Annual report of the Punjab Veterinary College and of the Civil Veterinary Department, Punjab - 1909-1919
Year: 1909
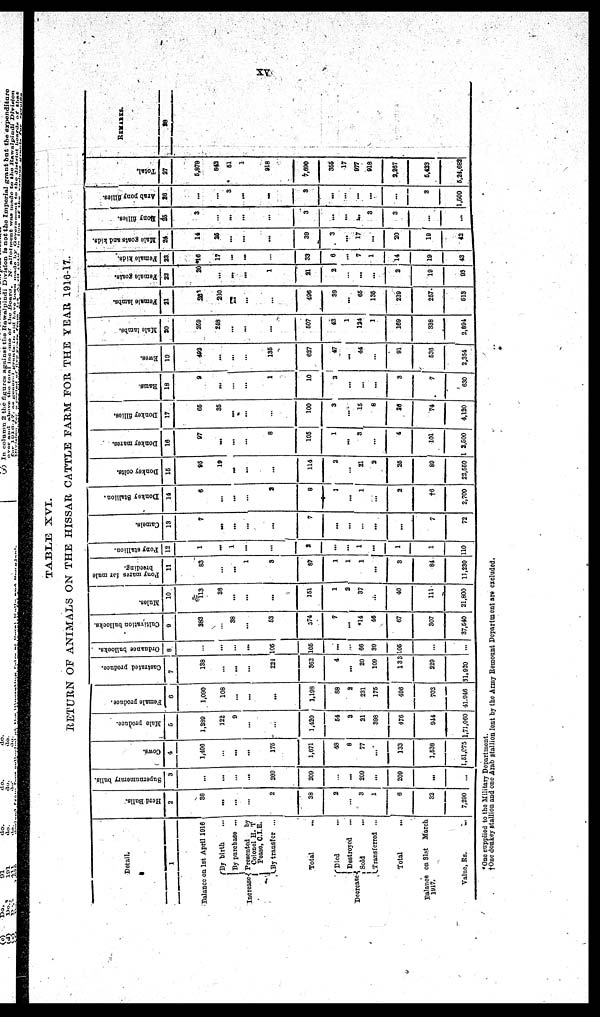
XV
TABLE XVI.
RETURN OF ANIMALS ON THE HISSAR CATTLE FARM FOR THE YEAR 1916-17.
Detail.
1
Balance on 1st April 1916
Increase
By birth ...
By purchase ...
Presented
by
Colonel H. T
Pease, C.I.E.
By transfer ...
Total ...
Decrease
Died ...
Destroyed ...
Sold ...
Transferred ...
Total ...
Balance on 31st March
1917.
Value, Rs. ...
Herd Bulls.
2
36
...
...
...
2
38
2
...
3
1
6
32
7,200
Supernumerary bulls.
3
...
...
...
...
200
200
...
...
200
...
200
...
...
Cows.
4
1,496
...
...
...
175
1,671
48
8
77
...
133
1,538
1,51,075
Mule produce.
5
1,389
122
9
...
...
1,420
54
3
21
398
476
944
1,71,060
Female produce.
6
1,090
108
...
...
...
1,198
88
2
231
175
496
702
41,946
Castrated produce.
7
138
...
...
...
221
362
4
...
20
100
133
220
31,920
Orduance bullocks.
8
...
...
...
...
105
105
...
...
66
39
105
...
...
Cultivation bullocks.
9
283
...
38
...
53
374
7
...
*14
46
67
307
37,540
Mules.
10
113
38
...
...
...
151
1
2
37
...
40
111
21,800
Pony mares for mule
breeding.
11
83
...
...
1
3
87
1
1
1
...
3
84
11,230
Pony stallion.
12
1
...
1
...
...
2
...
...
1
...
1
1
110
Camels.
13
7
...
...
...
...
7
...
...
...
...
...
7
72
Donkey Stallion.
14
6
...
...
...
2
8
1
...
1
...
2
†6
2,700
Donkey colts.
15
95
19
...
...
...
114
2
...
21
2
25
89
22,550
Donkey mares.
16
87
...
...
...
8
105
1
...
3
...
4
101
12,600
Donkey fillies.
17
65
35
...
...
...
100
3
...
15
8
26
74
4,120
Rams.
18
9
...
...
...
1
10
3
...
...
...
3
7
630
Ewes.
19
492
...
...
...
135
627
47
...
44
...
91
636
2,354
Mule lambs.
20
259
218
...
...
...
607
43
1
124
1
169
338
2,894
Female lambs.
21
28
280
...
...
...
496
39
...
05
136
239
257
613
Female goats.
22
20
...
...
...
1
21
2
...
...
...
2
19
93
Female kids.
23
*16
17
...
...
...
33
6
...
7
1
14
19
43
Male
goats and kids.
24
14
25
...
...
...
39
3
...
17
...
20
19
42
Bony fillies.
25
3
...
...
...
...
3
...
...
...
3
3
...
...
Arab pony fillies.
26
...
...
3
...
...
3
...
...
...
...
...
3
1,500
Total.
27
5,878
843
51
1
918
7,690
355
17
977
918
2,267
5,423
5,24,682
REMARKS.
28
*One supplied to the Military Department.
† One donkey stallion and one Arab stallion lont by the Army Remount Department are excluded.